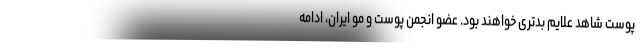
پوست شاهد علایم بدتری خواهند بود. عضو انجمن پوست و مو ایران، ادامه